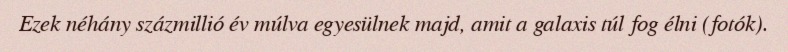
Ezek néhány százmillió év múlva egyesülnek majd, amit a galaxis túl fog élni (fotók).